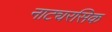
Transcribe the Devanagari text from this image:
नाट्यरसिक